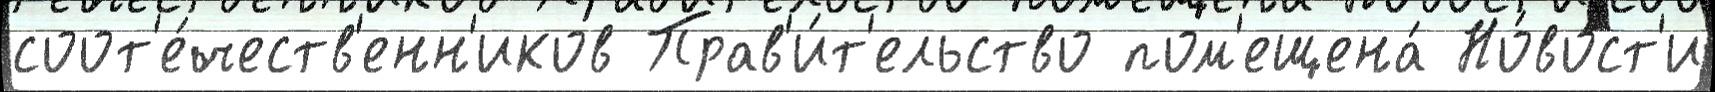
соот'е́честв'енн'иков Прав'и́т'ельство пом'ещена́ Но́вост'и